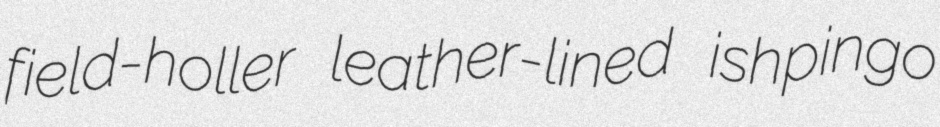
field-holler leather-lined ishpingo